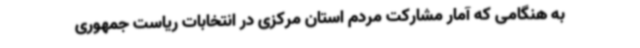
به هنگامی که آمار مشارکت مردم استان مرکزی در انتخابات ریاست جمهوری